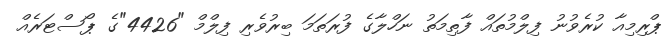
ޕްރިމިއާ ކުރެވުނު ފިލްމުތައް ފާތިމަތު ނަހްލާގެ ފުރަތަމަ ބިރުވެރި ފިލްމް "4426"ގެ ޕޯސްޓަރެއް